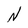
Character: N